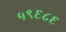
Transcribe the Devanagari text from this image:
५९६८६